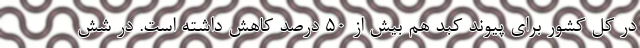
در کل کشور برای پیوند کبد هم بیش از ۵۰ درصد کاهش داشته است. در شش